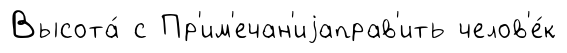
Высота́ с Пр'им'ечан'иjаправ'ить челов'е́к